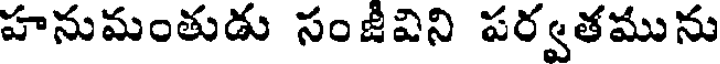
హనుమంతుడు సంజీవిని పర్వతమును